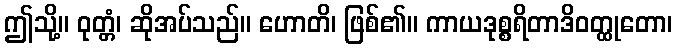
ဤသို့။ ဝုတ္တံ၊ ဆိုအပ်သည်။ ဟောတိ၊ ဖြစ်၏။ ကာယဒုစ္စရိတာဒိဝတ္ထုတော၊